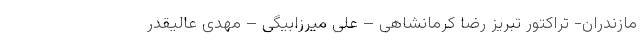
مازندران- تراکتور تبریز رضا کرمانشاهی – علی میرزابیگی – مهدی عالیقدر